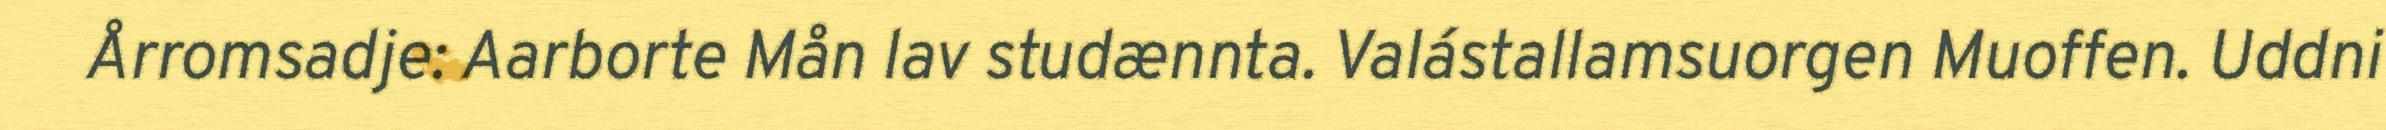
Årromsadje: Aarborte Mån lav studænnta. Valástallamsuorgen Muoffen. Uddni